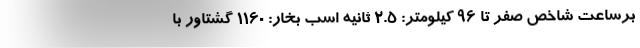
برساعت شاخص صفر تا 96 کیلومتر: 2.5 ثانیه اسب بخار: 1160 گشتاور با